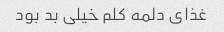
غذای دلمه کلم خیلی بد بود